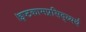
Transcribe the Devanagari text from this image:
।इष्टकामप्रसिद्ध्यर्थं